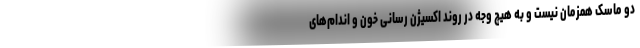
دو ماسک همزمان نیست و به هیچ وجه در روند اکسیژن رسانی خون و اندام‌های